Calcutta medical institutions reports 1871-78
Year: 1871
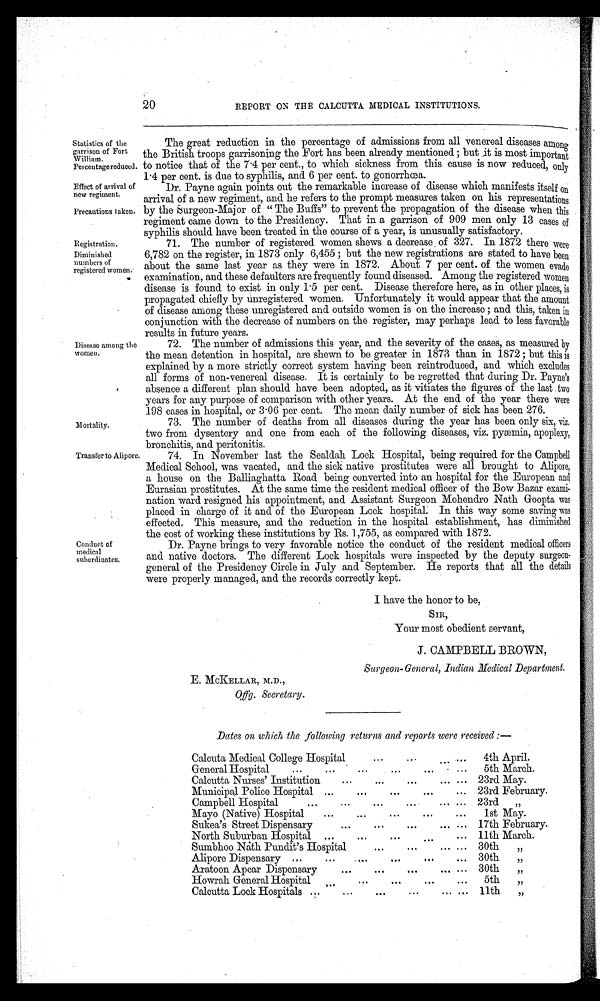
Statistics of the
garrison of Fort
William.
Perceutage reduced.
Effect of arrival of
new regiment.
Precautions taken.
Registration.
Diminished
numbers of
registered women.
20
REPORT ON THE CALCUTTA MEDICAL INSTITUTIONS.
Disease among the
women.
The great reduction in the percentage of admissions from all venereal diseases among
the British troops garrisoning the Fort has been already mentioned; but it is most important
to notice that of the 7·4 per cent., to which sickness from this cause is now reduced, only
1·4 per cent. is due to syphilis, and 6 per cent. to gonorrhœa.
Dr. Payne again points out the remarkable increase of disease which manifests itself on
arrival of a new regiment, and he refers to the prompt measures taken on his representations
by the Surgeon-Major of "The Buffs" to prevent the propagation of the disease when this
regiment came down to the Presidency. That in a garrison of 909 men only 13 cases of
syphilis should have been treated in the course of a year, is unusually satisfactory.
71. The number of registered women shews a decrease of 327. In 1872 there were
6,782 on the register, in 1873 only 6,455; but the new registrations are stated to have been
about the same last year as they were in 1872. About 7 per cent. of the women evade
examination, and these defaulters are frequently found diseased. Among the registered women
disease is found to exist in only 1·5 per cent. Disease therefore here, as in other places, is
propagated chiefly by unregistered women. Unfortunately it would appear that the amount
of disease among these unregistered and outside women is on the increase ; and this, taken in
conjunction with the decrease of numbers on the register, may perhaps lead to less favorable
results in future years.
72. The number of admissions this year, and the severity of the cases, as measured by
the mean detention in hospital, are shewn to be greater in 1873 than in 1872 ; but this is
explained by a more strictly correct system having been reintroduced, and which excludes
all forms of non-venereal disease. It is certainly to be regretted that during Dr. Payne's
absence a different plan should have been adopted, as it vitiates the figures of the last two
years for any purpose of comparison with other years. At the end of the year there were
198 cases in hospital, or 3·06 per cent. The mean daily number of sick has been 276.
Mortality.
73. The number of deaths from all diseases during the year has been only six, viz,
two from dysentery and one from each of the following diseases, viz. pyæmia, apoplexy,
bronchitis, and peritonitis.
Transfer to Alipore.
Conduct of
medical
subordinates.
74. In November last the Sealdah Lock Hospital, being required for the Campbell
Medical School, was vacated, and the sick native prostitutes were all brought to Alipore,
a house on the Balliaghatta Road being converted into an hospital for the European and
Eurasian prostitutes. At the same time the resident medical officer of the Bow Bazar exami
-
nation ward resigned his appointment, and Assistant Surgeon Mohendro Nath Goopta was
placed in charge of it and of the European Lock hospital. In this way some saving was
effected. This measure, and the reduction in the hospital establishment, has diminished
the cost of working these institutions by Rs. 1,755, as compared with 1872.
Dr. Payne brings to very favorable notice the conduct of the resident medical officers
and native doctors. The different Lock hospitals were inspected by the deputy surgeon
-
general of the Presidency Circle in July and September. He reports that all the details
were properly managed, and the records correctly kept.
I have the honor to be,
SIR,
Your most obedient servant,
J. CAMPBELL BROWN,
Surgeon-General, Indian Medical Department.
E. MCKELLAR, M.D.,
O f f g . S e c r e t a r y .
Dates on which the following returns and reports were received :—
Calcuta Medical College Hospital
4th April.
General Hospital
5th March.
Cal cut t a Nurses, Inst i t ut i on
23rd May.
Municipal Police Hospital
23rd February.
Campbell Hospital
23rd „
Mayo (Native) Hospital
1st May.
Sukea's Street Dispensary
17th February.
North Suburban Hospital
11th March.
Sumbhoo Nath Pundit's Hospital
30th,,
Alipore Dispensary
30th
,,
Aratoon Apcar Dispensary
30th
,,
Howrah General Hospital
5th
„
Calcutta Lock Hospitals
11th
„